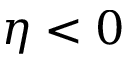
\eta < 0